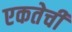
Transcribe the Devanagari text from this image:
एकतेची